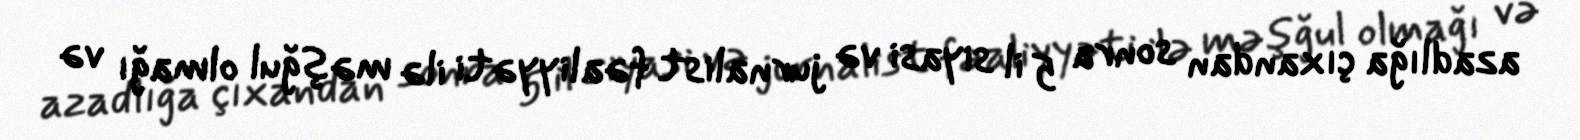
azadlığa çıxandan sonra 5 il siyasi və jurnalist fəaliyyəti ilə məşğul olmağı və